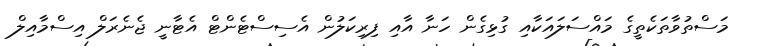
މަސްތުވާތަކެތީގެ މައްސަލައަކާއި ގުޅިގެން ހަނާ އާއި ފިރިކަލުން އެސިސްޓެންޓް އެޓާނީ ޖެނެރަލް އިސްމާއިލް